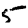
Digit: 5